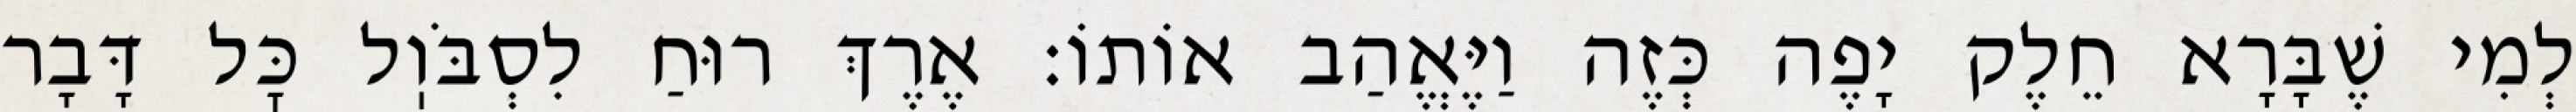
לְמִי שֶׁבָּרָא חֵלֶק יָפֶה כְּזֶה וַיֶּאֱהַב אוֹתוֹ: אֶרֶךְ רוּחַ לִסְבֹּוֽל כׇּל דָּבָר